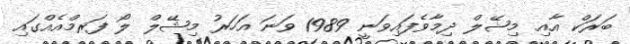
ބަރަކް އާއި މިޝޭލް ދިމާވެފައިވަނީ 1989 ވަނަ އަހަރު މިޝޭލް ލޯ ފަރމްއެއްގައި